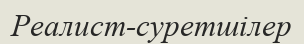
Реалист-суретшілер